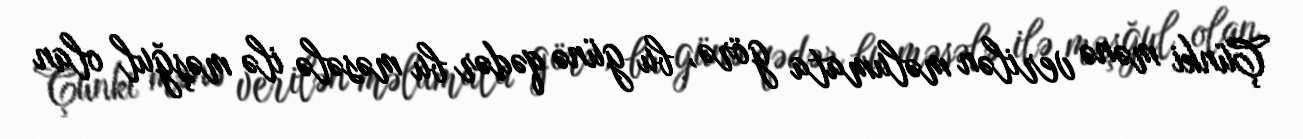
Çünki mənə verilən məlumata görə, bu günə qədər bu məsələ ilə məşğul olan